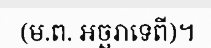
(ម.ព. អច្ឆរាទេពី)។